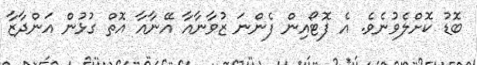
ބޮޑު ކޮށްލެވުނެވެ. އެ ފޮޓޯއިން ފެންނަ ޒުވާނާއާ އޭނާއާ އޮތް ގުޅުން އަންދާޒާ